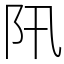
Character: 阠